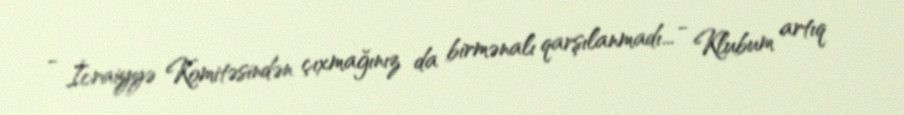
- İcraiyyə Komitəsindən çıxmağınız da birmənalı qarşılanmadı... - Klubum artıq